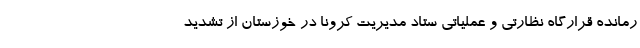
رمانده قرارگاه نظارتی و عملیاتی ستاد مدیریت کرونا در خوزستان از تشدید